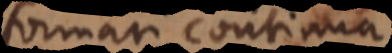
formari continua